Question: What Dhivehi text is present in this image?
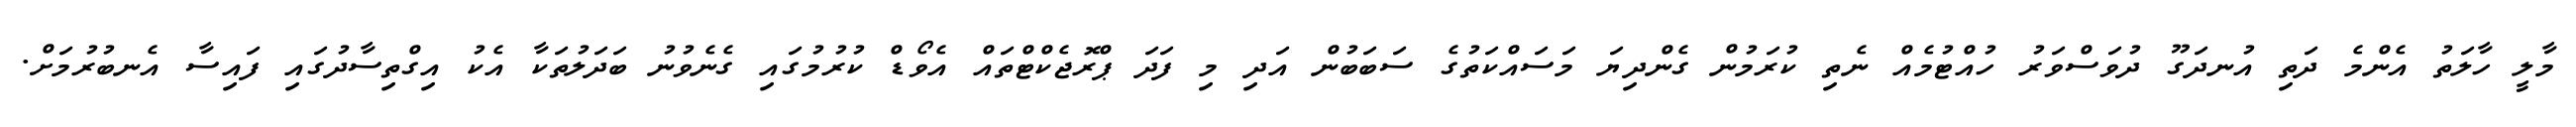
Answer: މާލީ ހާލަތު އެންމެ ދަތި އުނދަގޫ ދުވަސްވަރު ހުއްޓުމެއް ނެތި ކުރަމުން ގެންދިޔަ މަސައްކަތުގެ ސަބަބުން އަދި މި ފަދަ ޕްރޮޖެކްޓްތައް އެވޯޑް ކުރުމުގައި ގެނެވުނު ބަދަލުތަކާ އެކު އިގްތިސާދުގައި ފައިސާ އެނބުރުމަށް.